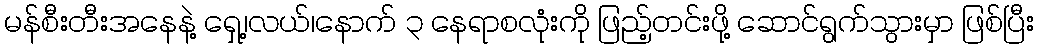
မန်စီးတီးအနေနဲ့ ရှေ့၊လယ်၊နောက် ၃ နေရာစလုံးကို ဖြည့်တင်းဖို့ ဆောင်ရွက်သွားမှာ ဖြစ်ပြီး